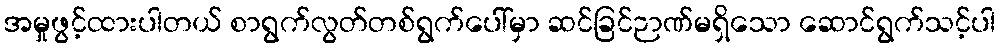
အမှုဖွင့်ထားပါတယ် စာရွက်လွတ်တစ်ရွက်ပေါ်မှာ ဆင်ခြင်ဉာဏ်မရှိသော ဆောင်ရွက်သင့်ပါ